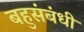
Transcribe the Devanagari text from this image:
बहुसंबंधी